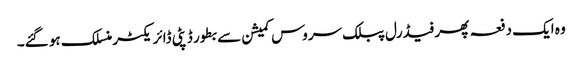
وہ ایک دفعہ پھر فیڈرل پبلک سروس کمیشن سے بطور ڈپٹی ڈائر یکٹر منسلک ہو گئے۔